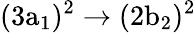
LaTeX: \mathrm{(3a_{1})^{2}\rightarrow(2b_{2})^{2}}